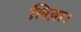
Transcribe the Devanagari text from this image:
लिय़ा।